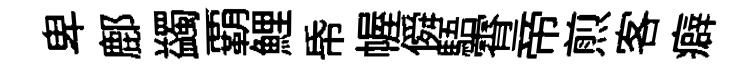
卑鄜蠲覇鯉帋幄僢䮏霄帝煎客癖